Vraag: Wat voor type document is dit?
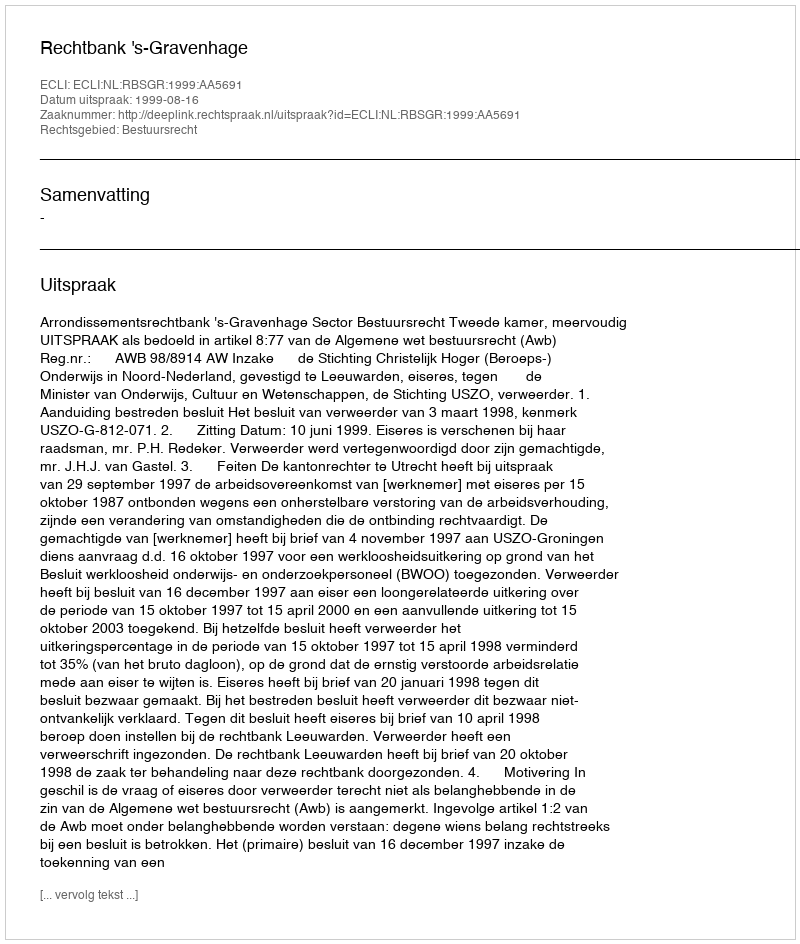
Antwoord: Uitspraak